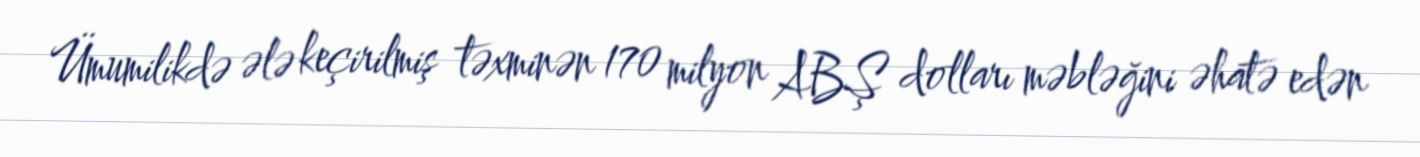
Ümumilikdə ələ keçirilmiş təxminən 170 milyon ABŞ dolları məbləğini əhatə edən